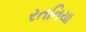
રતનિયા